NAE_kihelkonnakohtute_kirjad_ja_protokollid_1869-1889, lk 5
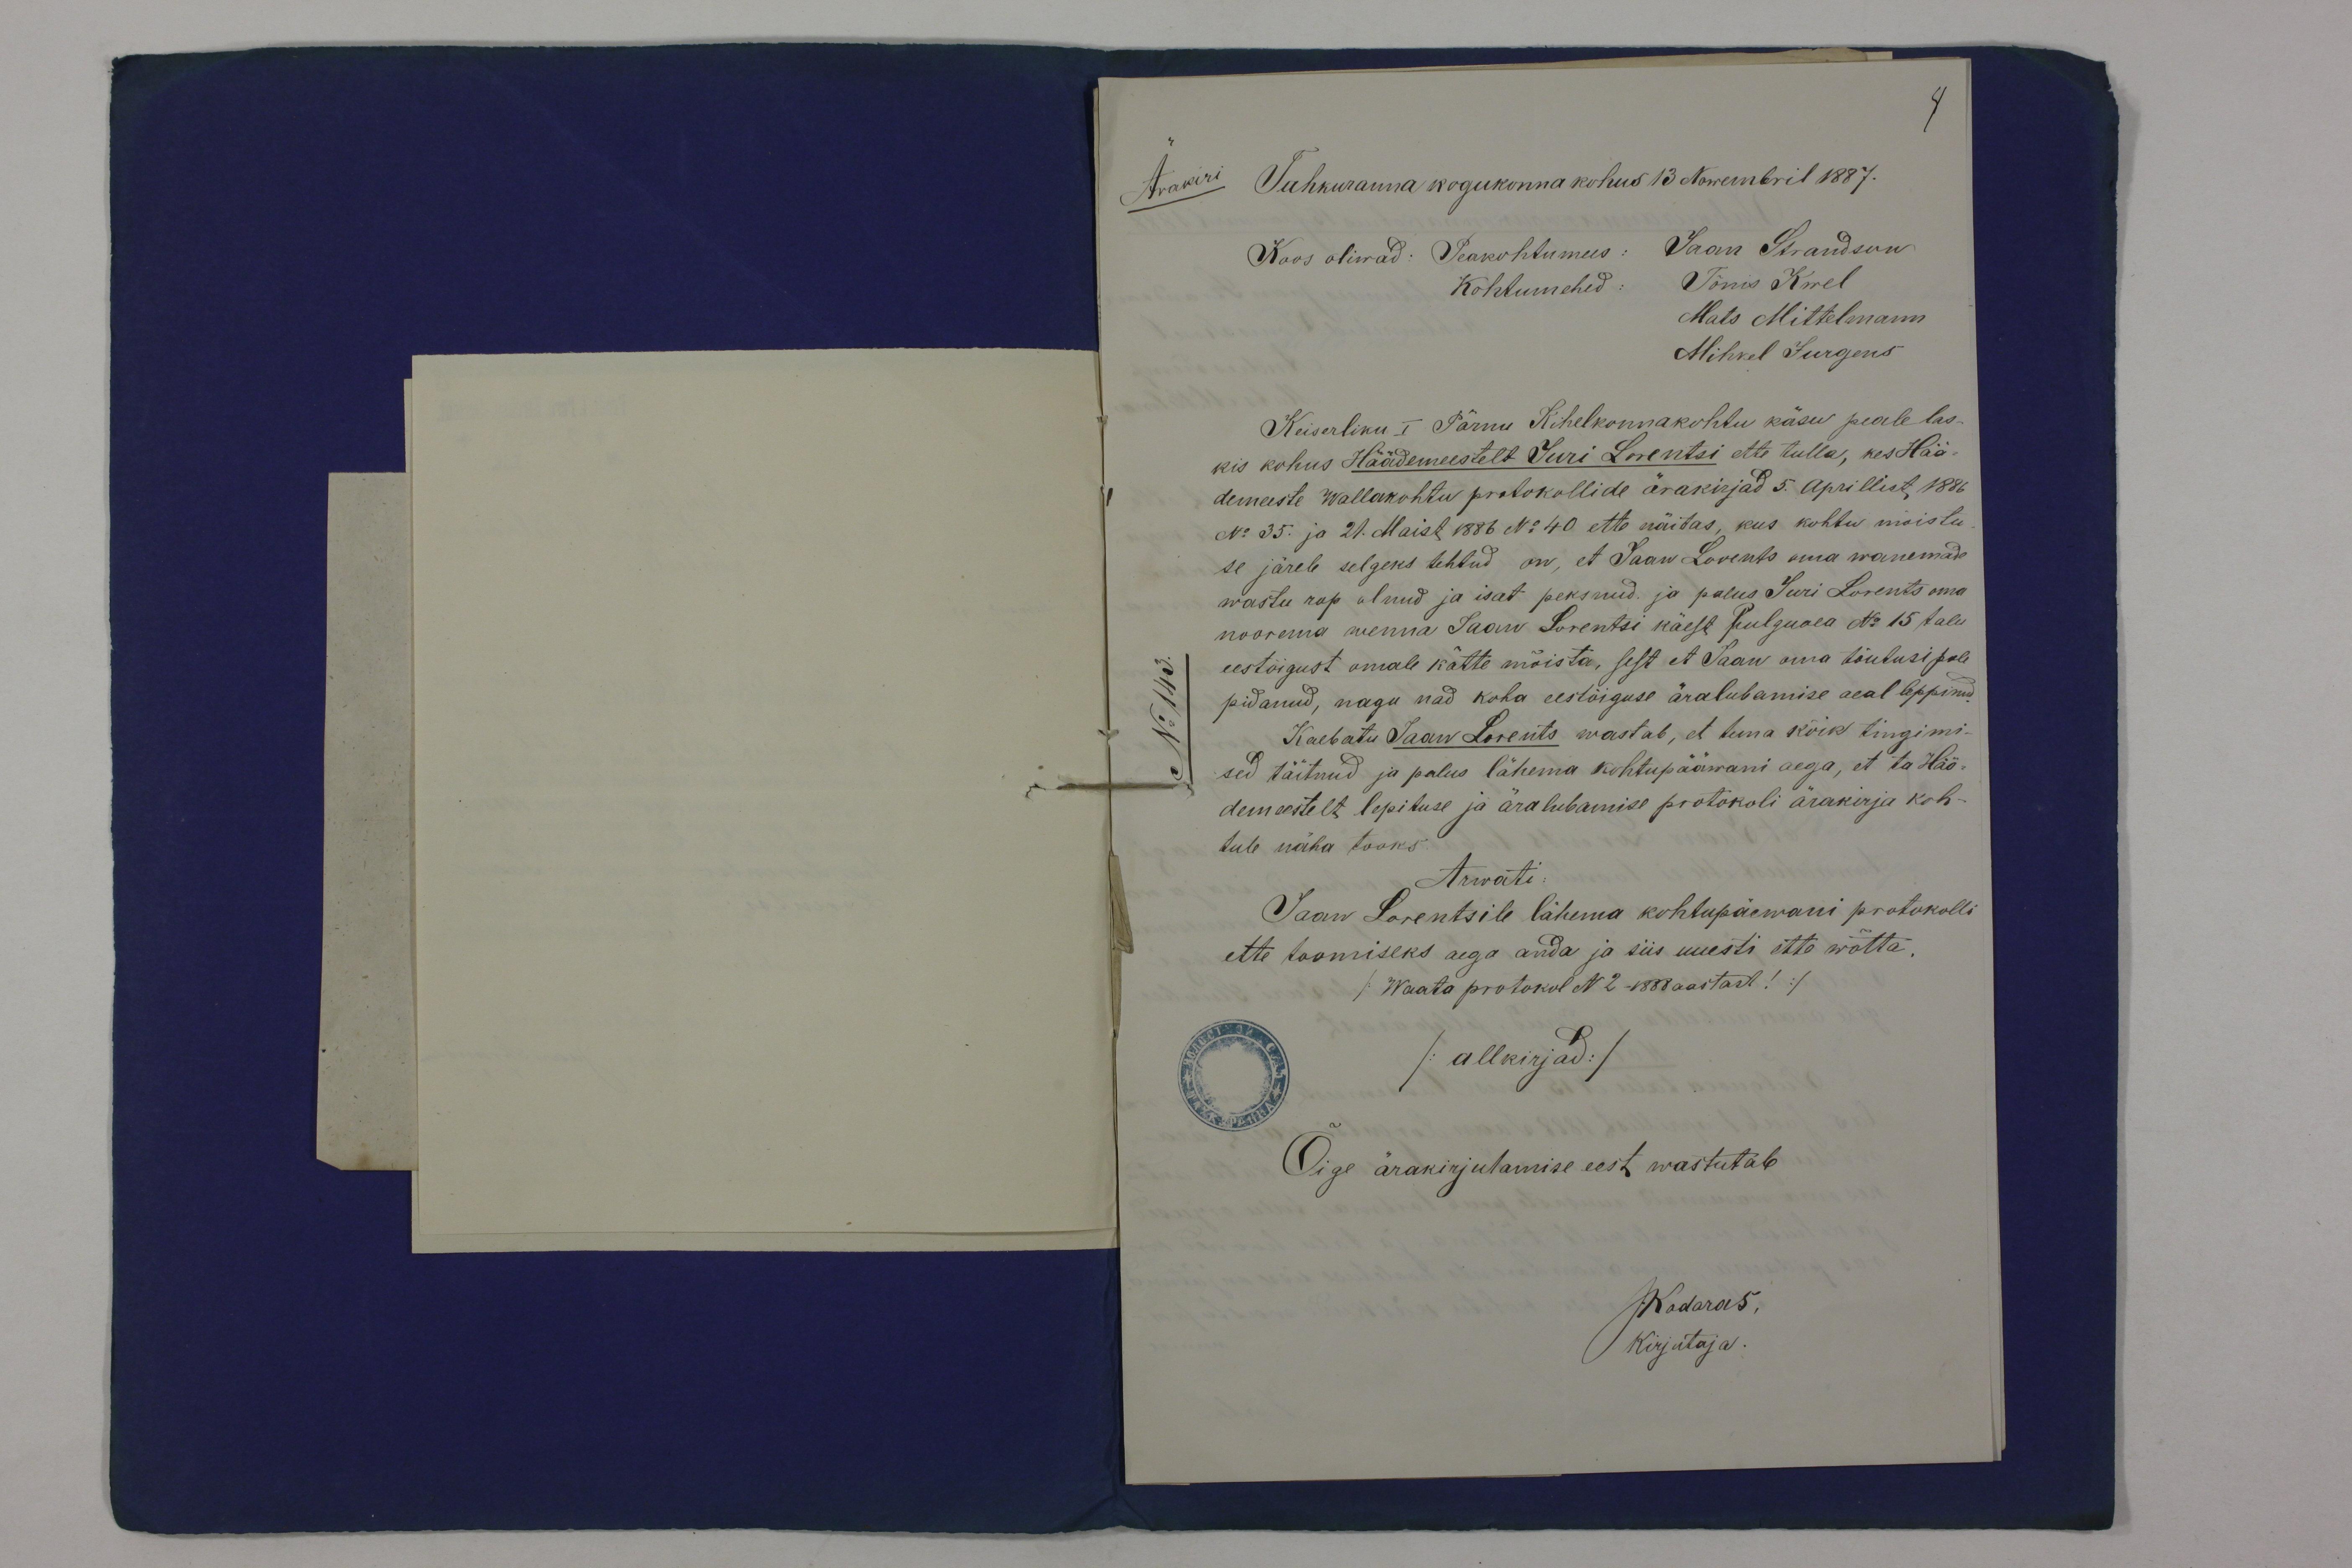
Ärakiri Tahkuranna kogukonna kohus 13 Nowembril 1887.
Keiserliku Pärnu Kihelkonnakohtu käsu peale las-
kis kohus Häädemeestelt Juri Lorentsi ette tulla, kes Hää-
demeeste wallakohtu protokollide ärakirjad 5. Aprillist, 1886
No 35. ja 21. Maist 1886 N: 40 ette näitas, kus kohtu mõistu
se järele selgeks tehtud on, et Jaan Lorents oma wanemade
wastu rop olnud ja isat peksnud. ja palus Juri Lorents oma
noorema wenna Jaan Lorentsi käest hulguaea No 15 talu
eestõigust omale kätte mõista, sest et Jaan oma tõutusi pole
pidanud, nagu nad koha eestõiguse äralubamise aeal leppinud
Kaebatu Jaan Lorents wastab, et tema kõik tingimi-
sed täitnud ja palus lähema kohtupääwani aega, et ta Hää-
demeestelt lepituse ja äralubamise protokoli ärakirja koh-
tule näha tooks.
Arwati:
Jaan Lorentsile lähema kohtupäewani protokolli
ette toomiseks aega anda ja siis uuesti ette wõtta.
(Waata protokol N 2 -1888 aastast!/
/allkirjad/
Õige ärakirjutamise eest wastutab
JKadaras.
Kirjutaja.